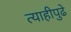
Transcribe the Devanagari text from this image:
त्याहीपुढे